Indian journal of veterinary science and animal husbandry - Volume 8,
Year: 1938
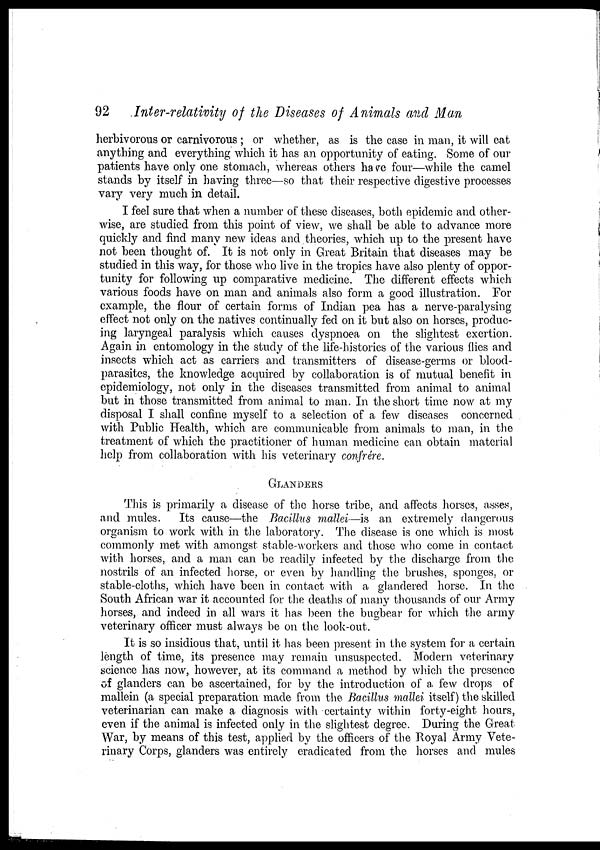
92
Inter-relativity of the Diseases of Animals and Man
herbivorous or carnivorous ; or whether, as is the case in man, it will eat
anything and everything which it has an opportunity of eating. Some of our
patients have only one stomach, whereas others have four—while the camel
stands by itself in having three—so that their respective digestive processes
vary very much in detail.
I feel sure that when a number of these diseases, both epidemic and other-
wise, are studied from this point of view, we shall be able to advance more
quickly and find many new ideas and theories, which up to the present have
not been thought of. It is not only in Great Britain that diseases may be
studied in this way, for those who live in the tropics have also plenty of oppor-
tunity for following up comparative medicine. The different effects which
various foods have on man and animals also form a good illustration. For
example, the flour of certain forms of Indian pea has a nerve-paralysing
effect not only on the natives continually fed on it but also on horses, produc-
ing laryngeal paralysis which causes dyspnoea on the slightest exertion.
Again in entomology in the study of the life-histories of the various flies and
insects which act as carriers and transmitters of disease-germs or blood-
parasites, the knowledge acquired by collaboration is of mutual benefit in
epidemiology, not only in the diseases transmitted from animal to animal
but in those transmitted from animal to man. In the short time now at my
disposal I shall confine myself to a selection of a few diseases concerned
with Public Health, which are communicable from animals to man, in the
treatment of which the practitioner of human medicine can obtain material
help from collaboration with his veterinary confrére.
GLANDERS
This is primarily a disease of the horse tribe, and affects horses, asses,
and mules. Its cause—the Bacillus mallei—is an extremely dangerous
organism to work with in the laboratory. The disease is one which is most
commonly met with amongst stable-workers and those who come in contact
with horses, and a man can be readily infected by the discharge from the
nostrils of an infected horse, or even by handling the brushes, sponges, or
stable-cloths, which have been in contact with a glandered horse. In the
South African war it accounted for the deaths of many thousands of our Army
horses, and indeed in all wars it has been the bugbear for which the army
veterinary officer must always be on the look-out.
It is so insidious that, until it has been present in the system for a certain
length of time, its presence may remain unsuspected. Modern veterinary
science has now, however, at its command a method by which the presence
of glanders can be ascertained, for by the introduction of a, few drops of
mallein (a special preparation made from the Bacillus mallei itself) the skilled
veterinarian can make a diagnosis with certainty within forty-eight hours,
even if the animal is infected only in the slightest degree. During the Great
War, by means of this test, applied by the officers of the Royal Army Vete-
rinary Corps, glanders was entirely eradicated from the horses and mules